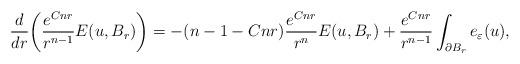
LaTeX: \begin{align*} \frac{d}{dr} \bigg(\frac{e^{Cn r}}{r^{n-1}} E(u, B_r)\bigg) &= -(n-1 - Cn r) \frac{e^{Cn r}}{r^n} E(u,B_r) + \frac{e^{Cnr}}{r^{n-1}} \int_{\partial B_r} e_\varepsilon(u), \end{align*}